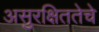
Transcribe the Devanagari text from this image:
असुरक्षिततेचे